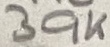
Text: 39K